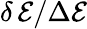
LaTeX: \delta\, \mathcal{E}/\Delta\mathcal{E}